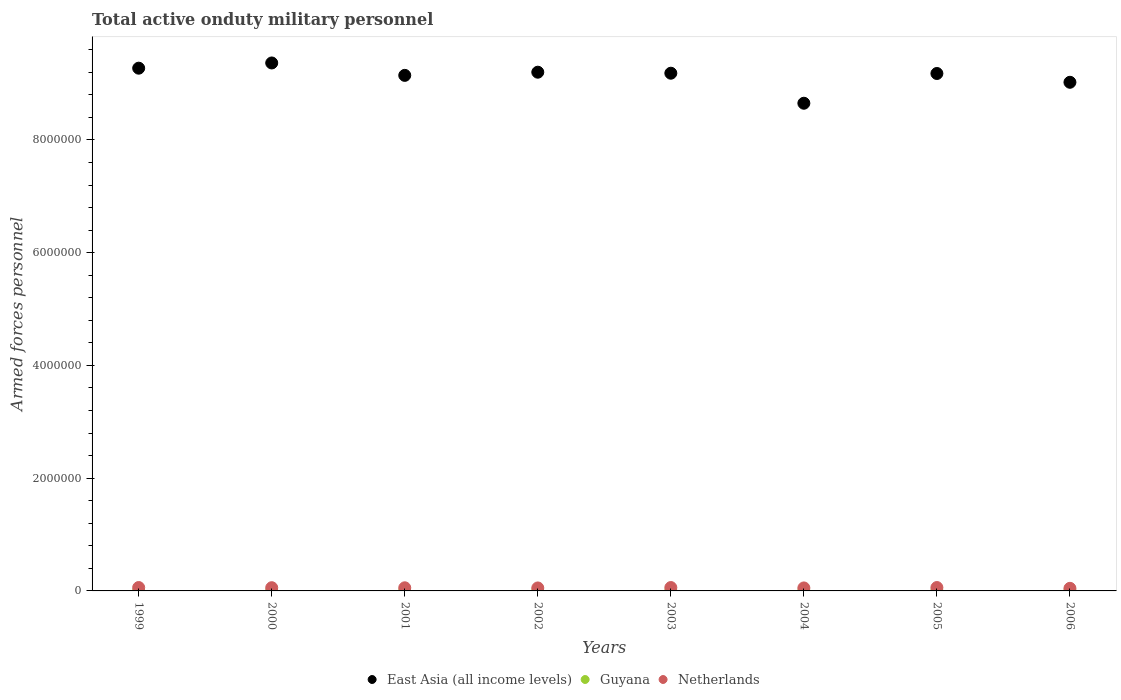
| Years | East Asia (all income levels) | Guyana | Netherlands |
 | --- | --- | --- | --- |
 | 1999 | 9.27e+06 | 3.1e+03 | 6e+04 |
 | 2000 | 9.36e+06 | 3.1e+03 | 5.71e+04 |
 | 2001 | 9.14e+06 | 3.1e+03 | 5.56e+04 |
 | 2002 | 9.2e+06 | 3.1e+03 | 5.29e+04 |
 | 2003 | 9.18e+06 | 3.1e+03 | 5.99e+04 |
 | 2004 | 8.65e+06 | 2e+03 | 5.3e+04 |
 | 2005 | 9.18e+06 | 3e+03 | 6e+04 |
 | 2006 | 9.02e+06 | 3e+03 | 4.6e+04 |